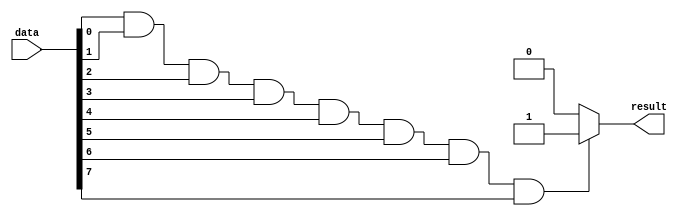
module eight_input_and_gate (
    input [7:0] data,
    output reg result
);

always @(*) begin
    if (data[0] && data[1] && data[2] && data[3] && data[4] && data[5] && data[6] && data[7]) begin
        result = 1;
    end else begin
        result = 0;
    end
end

endmodule